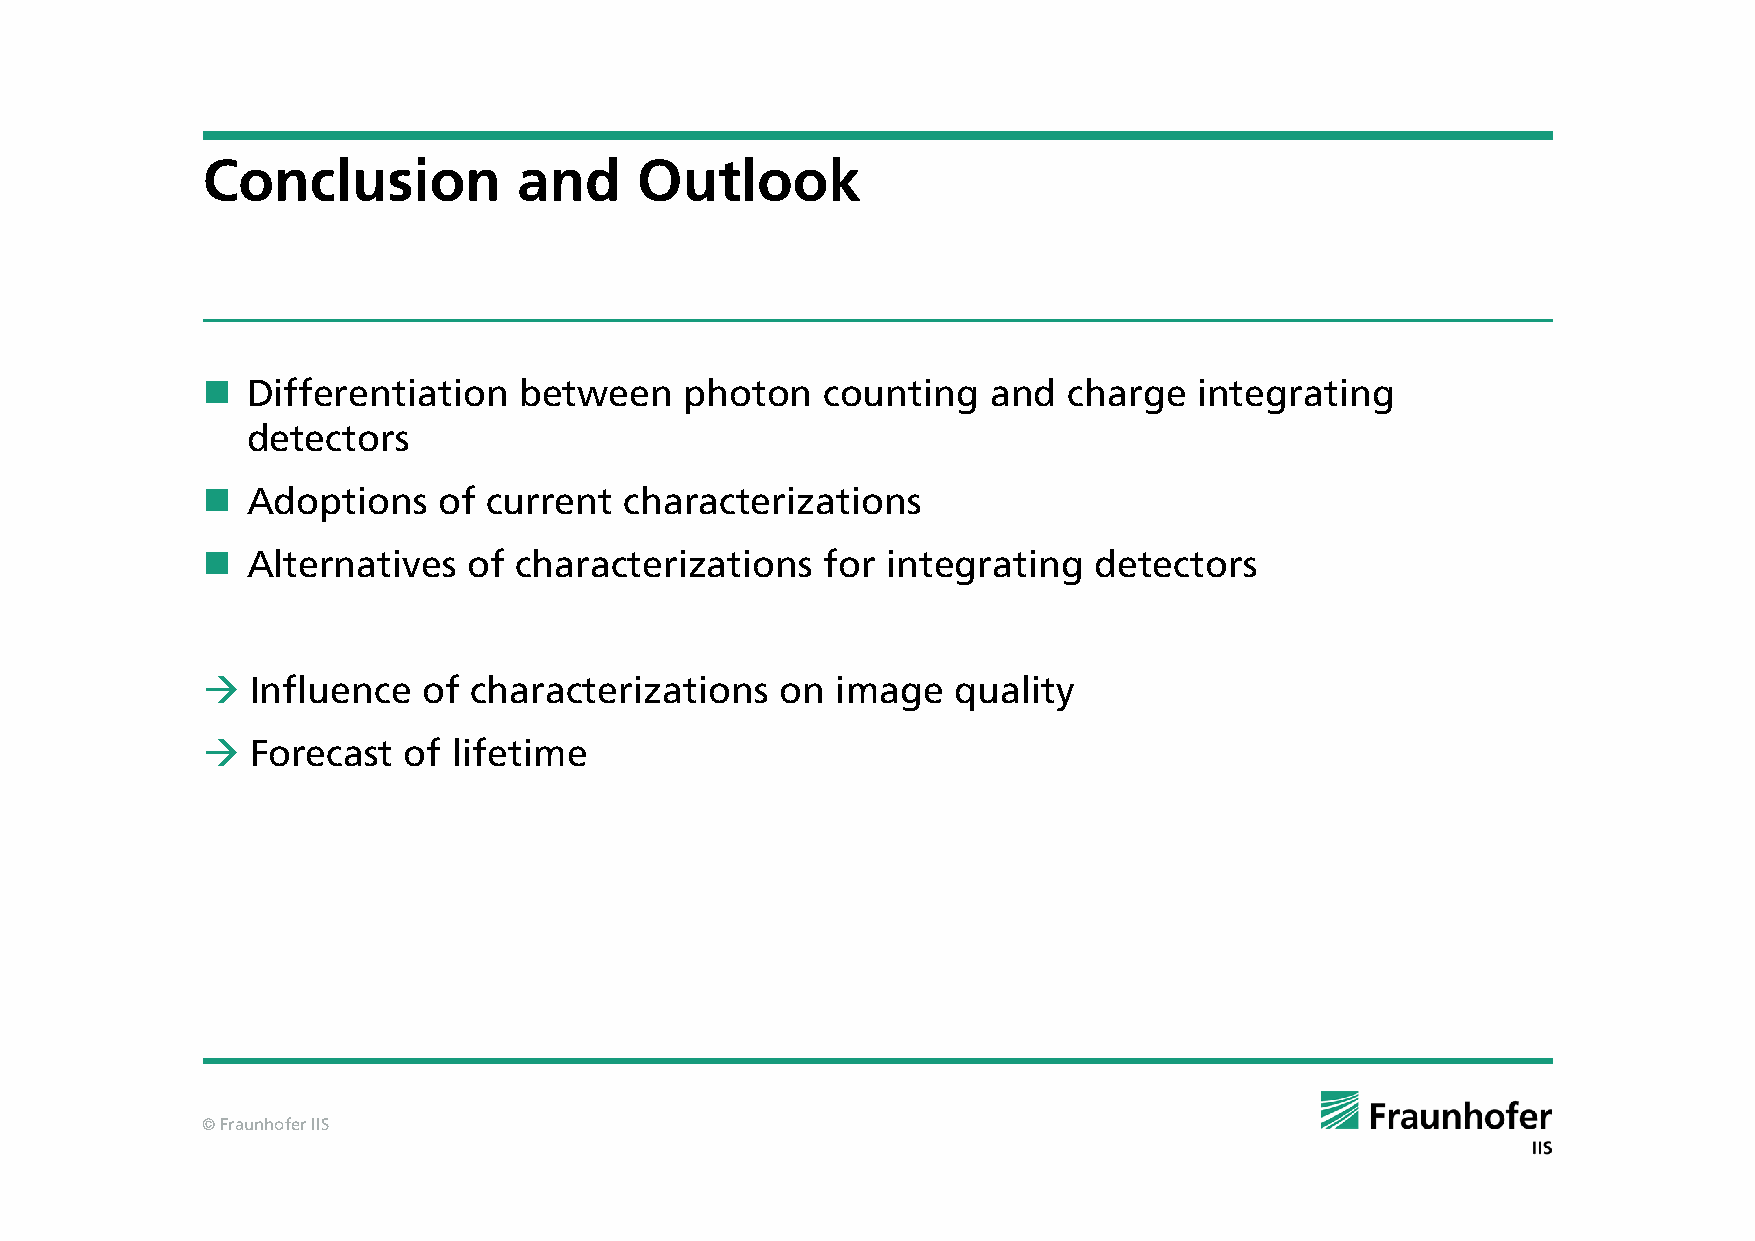
Conclusion           and     Outlook
   Differentiation   between    photon    counting   and  charge  integrating
 detectors
   Adoptions    of current  characterizations
   Alternatives   of characterizations    for integrating  detectors
    Influence  of characterizations    on image   quality
    Forecast  of lifetime
 © Fraunhofer IIS